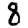
Digit: 8